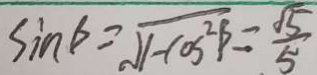
\sin \beta = \sqrt { 1 - \cos ^ { 2 } \beta } = \frac { \sqrt { 5 } } { 5 }